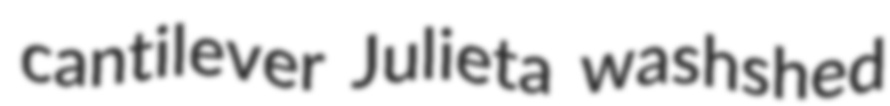
cantilever Julieta washshed